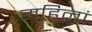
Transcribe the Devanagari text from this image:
महिलां